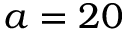
a = 2 0